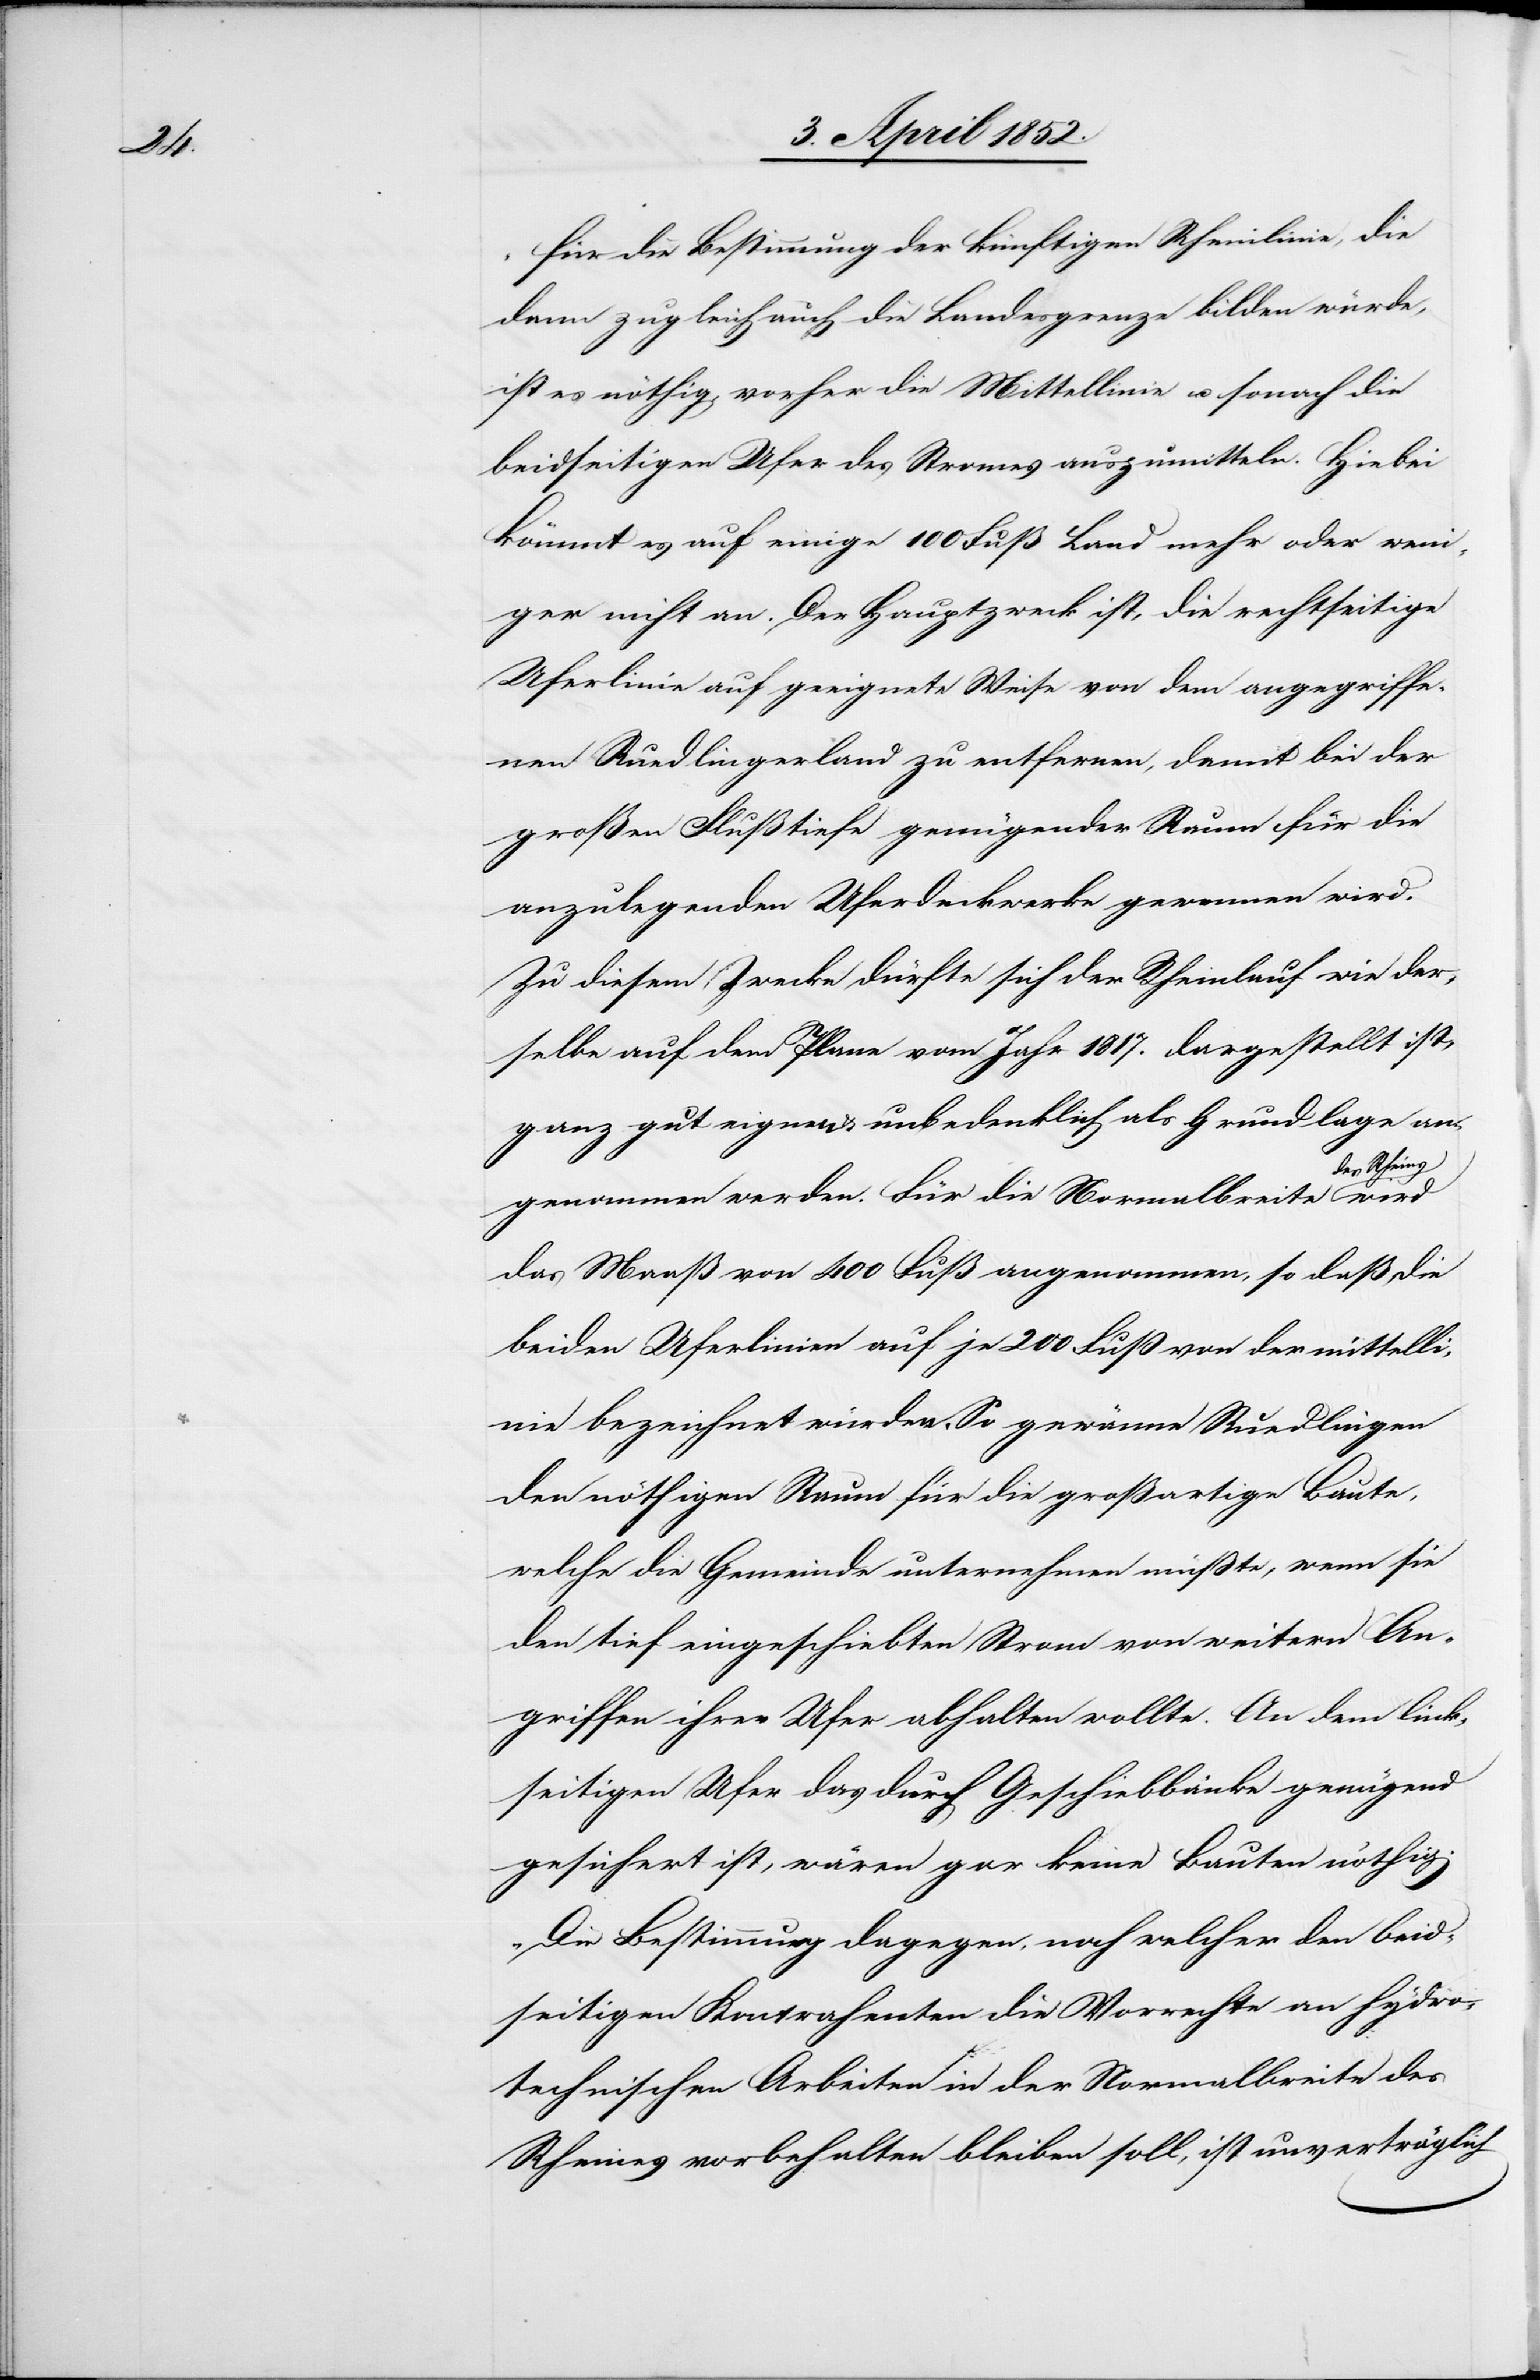
nie

„Für die Bestimmung der künftigen Rheinlinie, die
dann zugleich auch die Landesgrenze bilden würde,
ist es nöthig, vorher die Mittellinie u. sonach die
beidseitigen Ufer des Stromes auszumitteln. Hiebei
kömmt es auf einige 100 Fuß Land mehr oder weni¬
ger nicht an. Der Hauptzweck ist, die rechtseitige
Uferlinie auf geeignete Weise von dem angegriffe¬
nen Ruedlingerland zu entfernen, damit bei der
großen Flußtiefe genügender Raum für die
anzulegenden Uferdeckwerke gewonnen wird.
Zu diesem Zwecke dürfte sich der Rheinlauf wie der¬
selbe auf dem Plane vom Jahr 1817. dargestellt ist,
ganz gut eignen & unbedenklich als Grundlage an¬
genommen werden. Für die Normalbreite des
das Maaß von 400 Fuß angenommen, so daß die
beiden Uferlinien auf je 200 Fuß von der mittelli¬
bezeichnet würden. So gewänne Ruedlingen
den nöthigen Raum für die großartige Baute,
welche die Gemeinde unternehmen müsste, wenn sie
den tief eingeschiebten Strom von weitern An¬
griffen ihrer Ufer abhalten wollte. An dem link¬
seitigen Ufer das durch Geschiebbänke genügend
gesichert ist, wären gar keine Bauten nöthig.
Die Bestimmung dagegen, nach welcher den beid¬
seitigen Kontrahenten die Vorrechte an hydro¬
technischen Arbeiten in der Normalbreite des
Rheines vorbehalten bleiben soll, ist unverträglich